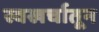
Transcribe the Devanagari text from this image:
स्वखर्चातून